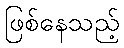
ဖြစ်နေသည့်